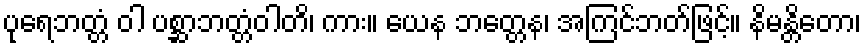
ပုရေဘတ္တံ ဝါ ပစ္ဆာဘတ္တံဝါတိ၊ ကား။ ယေန ဘတ္တေန၊ အကြင်ဘတ်ဖြင့်။ နိမန္တိတော၊